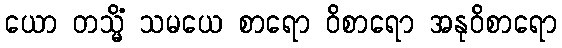
ယော တသ္မိံ သမယေ စာရော ဝိစာရော အနုဝိစာရော